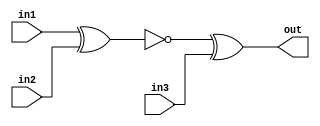
module top_module (
    input in1,
    input in2,
    input in3,
    output out);

    wire w1;

    xnor XNOR1(w1, in1, in2);
    xor XOR1(out, w1, in3);

endmodule